system: You are a helpful assistant.
user:
Analyze the provided spectrum to determine if it is a **M-type Giant (gM)**.

A M-type Giant spectrum is defined by its **strong molecular absorption** features, particularly from **Titanium Oxide (TiO)**. You must check for one of the following mutually exclusive signatures:

- **Key Visual Indicators (Absorption-Dominated Spectrum):**

    - **(Primary):** The spectrum is dominated by strong molecular absorption from **Titanium Oxide (TiO)**. This is the **defining feature** of its M-type temperature class.
        - **(Key Bandheads):** Look for sharp, "saw-tooth" absorption valleys. The strongest are located near **~7050 Å**, **~6160 Å**, and **~5170 Å**.
        - **(Line Profile):** The "saw-tooth" morphology is critical: a **sharp, steep drop on the BLUE (short-wavelength) side** of the bandhead, followed by a gradual recovery (rising flux) towards the RED (long-wavelength) side.

    - **(Key Confirmation - Giant vs. Dwarf):** **ABSENCE** of strong **Calcium Hydride (CaH)** molecular bands. This is the primary diagnostic for *excluding* M-dwarfs.
        - **(Key Region):** The spectrum should lack the strong, broad absorption band seen in dwarfs between **~6800 Å and ~7000 Å**.

    - **(Secondary Confirmation - Giant):** A very strong and broad **Neutral Calcium (Ca I)** atomic absorption line.
        - **(Key Line):** Located at **~4226 Å**. In a giant (gM), this line is significantly deeper and broader than the same line in an M-dwarf (dM) due to low surface gravity.

    - **(Overall Spectrum):**
        - The continuum is **extremely red-sloping** (i.e., flux is very low in the blue and rises dramatically towards the red).
        - The entire spectrum appears "chopped up" by the deep TiO bands.

Think first, call **spectral_visualization_tool** if needed to examine features in detail, then provide your final answer. Your response must adhere to the following strict rules:
1.  **Overall Structure:** Your response must follow the format `<think>...</think> <tool_call>...</tool_call> (if a tool is used) <answer>...</answer>`.
2.  **Tool Usage Constraint:** You may only make **one** tool call per turn.
3.  **Final Answer Format:** In the `<answer>` tag, your conclusion must be inside a `\boxed{}` command (e.g., `\boxed{YES}` or `\boxed{NO}`), followed by your justification.

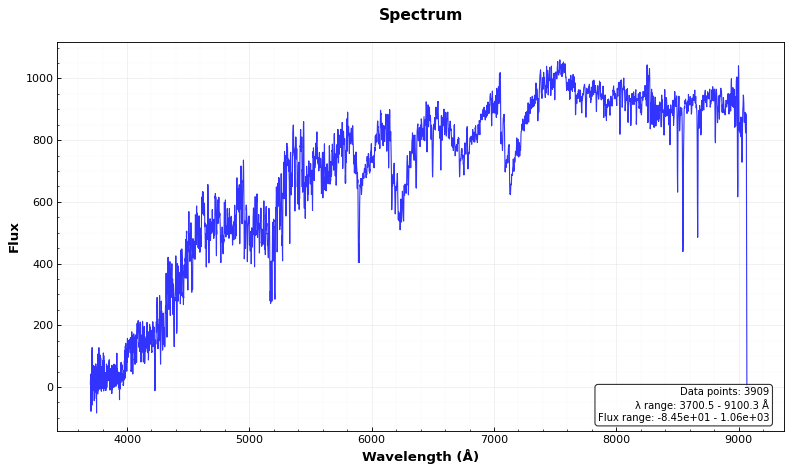
Answer: YES